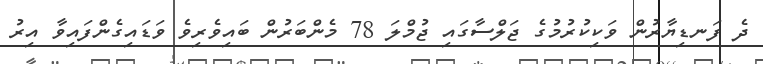
ދެ ފަނޑިޔާރުން ވަކިކުރުމުގެ ޖަލްސާގައި ޖުމްލަ 78 މެންބަރުން ބައިވެރިވެ ވަޑައިގެންފައިވާ އިރު